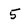
Character: 5